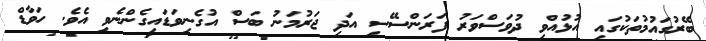
ބޭރުގައުމުތަކުގައި އުޅުއްވި ދުވަސްވަރު ފަރަންސޭސި އަދި ޖަރުމަނު ބަސް އުގެނިވަޑައިގެންނެވި އެވެ. ހަވާޑް